Insane asylums in Bengal annual reports 1876-1887 - 1876-1887
Year: 1876
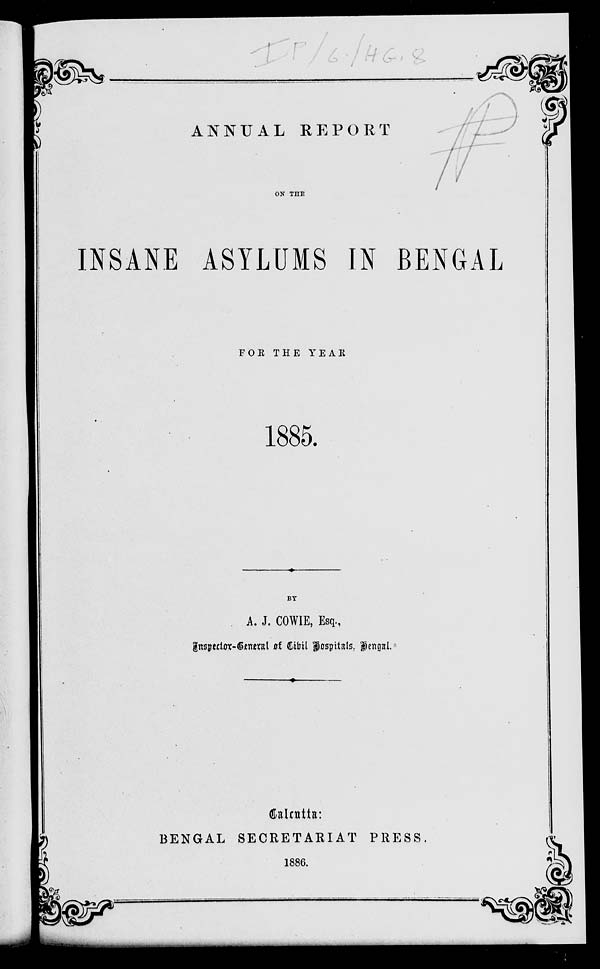
ANNUAL REPORT
ON THE
INSANE ASYLUMS IN BENGAL
FOR THE YEAR
1885.
BY
A. J. COWIE, Esq.,
Inspector-General of Civil hospitals, Bengal.
Calcut ta:
BENGAL SECRETARIAT PRESS.
1886.